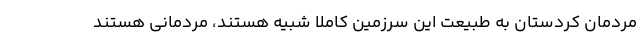
مردمان کردستان به طبیعت این سرزمین کاملا شبیه هستند، مردمانی هستند